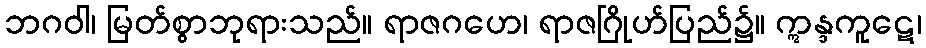
ဘဂဝါ၊ မြတ်စွာဘုရားသည်။ ရာဇဂဟေ၊ ရာဇဂြိုဟ်ပြည်၌။ ဣန္ဒကူဋေ၊